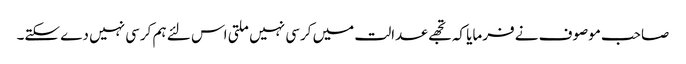
صاحب موصوف نے فرمایا کہ تجھے عدالت میں کرسی نہیں ملتی اس لئے ہم کرسی نہیں دے سکتے۔